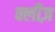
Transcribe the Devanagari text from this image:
क्लीज़